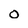
Character: o